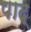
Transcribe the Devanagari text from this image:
पाद्